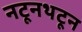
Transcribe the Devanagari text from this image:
नटूनथटून